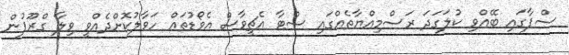
ސްޕާގައި ބޭއްވި ކުލަގަދަ ރަސްމިއްޔާތެއްގައި ސްޓާ އެޗީވާސް އެވޯޑުތައް ހަވާލުކޮށްދެއްވީ ވިލާ ގްރޫޕުން